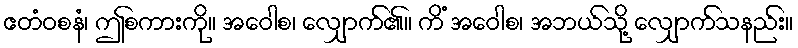
ဧတံဝစနံ၊ ဤစကားကို။ အဝေါစ၊ လျှောက်၏။ ကိံ အဝေါစ၊ အဘယ်သို့ လျှောက်သနည်း။